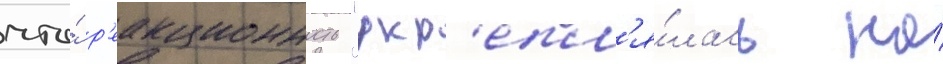
что́ р'еакционность "укр'епл'я́лась на́